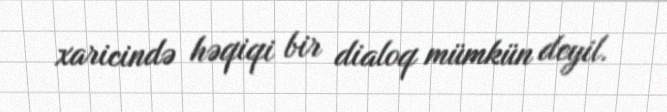
xaricində həqiqi bir dialoq mümkün deyil.